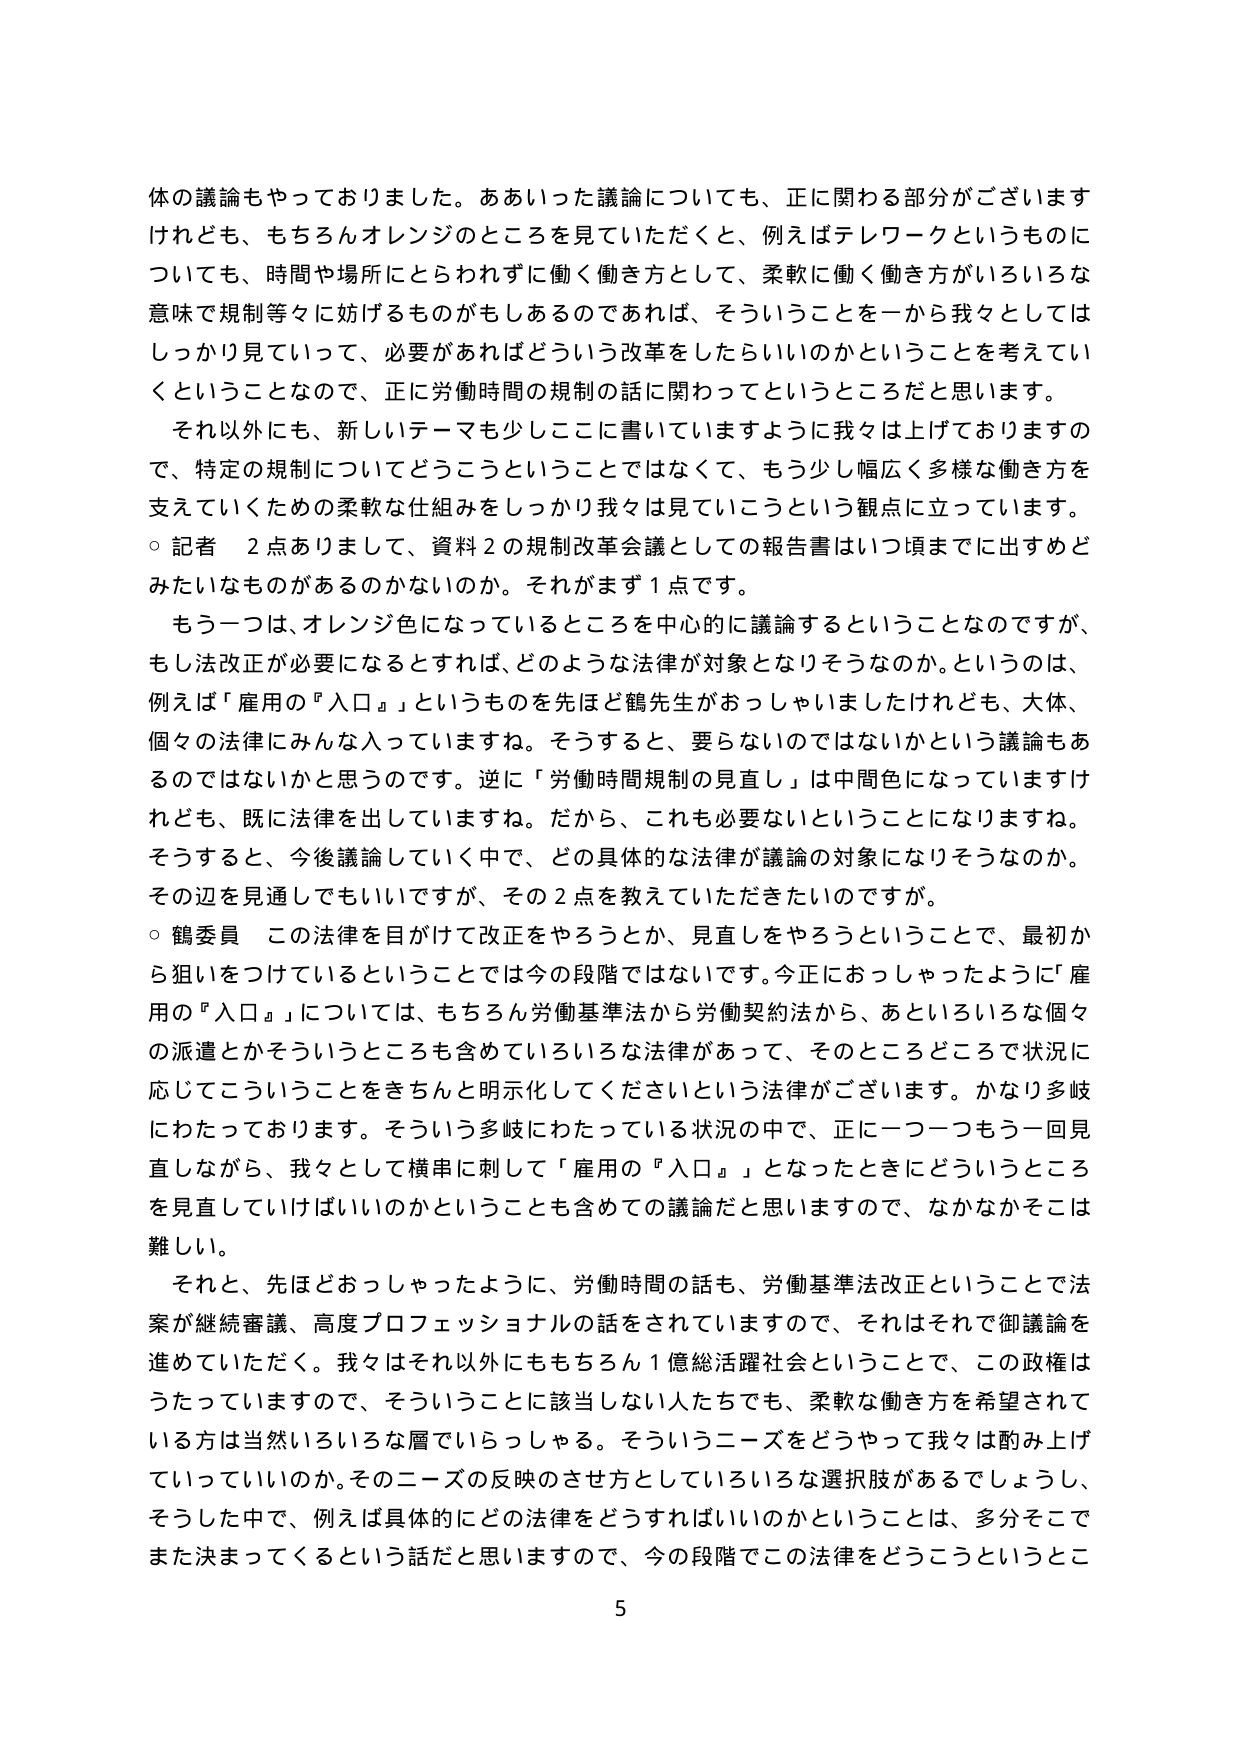
体の議論もやっておりました。ああいった議論についても、正に関わる部分がございますけれども、もちろんオレンジのところを見ていただくと、例えばテレワークというものについても、時間や場所にとらわれずに働く働き方として、柔軟に働く働き方がいろいろな意味で規制等々に妨げるものがあるのであれば、そういうことを一から我々としてはしっかり見ていって、必要があればどういう改革をしたらいいのかということを考えていきたいことなので、正に労働時間の規制の話に関わってというところだと思います。

それ以外にも、新しいテーマも少しここに書いていますように我々は上げておりますので、特定の規制についてどうこうということではなくて、もう少し幅広く多様な働き方を支えていくための柔軟な仕組みをしっかり我々は見ていこうという観点に立っています。

○ 記者　2点ありまして、資料2の規制改革会議としての報告書はいつ頃までに出すものみたいなものがあるのかないのか。それがまず1点です。

もう一つは、オレンジ色になっているところを中心に議論するということなのですが、もし法改正が必要になるとすれば、どのような法律が対象となりそうなのか。というのは、例えば「雇用の『入口』」というものを先ほど鶴先生がおっしゃいましたけれども、大体、個々の法律にみんな入っていますね。そうすると、要らないのではないかという議論もあるのではないかと思うのです。逆に「労働時間規制の見直し」は中間色になっていますけれども、既に法律を出していますね。だから、これも必要ないということになりますね。そうすると、今後議論していく中で、どの具体的な法律が議論の対象になりそうなのか。その辺を見通してもいいですが、その2点を教えていただきたいのですが。

○ 鶴委員　この法律を目がけて改正をやろうとか、見直しをやろうということで、最初から狙いをつけてているということでは今の段階ではないです。今正におっしゃったように「雇用の『入口』」については、もちろん労働基準法から労働契約法から、あといろいろな個々の派遣とかそういうところも含めていろいろな法律があって、そのところどころで状況に応じてこういうことをきちんと明示してくださいという法律がございます。かなり多岐にわたっております。そういう多岐にわたっている状況の中で、正に一つ一つもう一回見直しながら、我々として横串に刺して「雇用の『入口』」となったときにどういうところを見直していけばいいのかということも含めての議論だと思いますので、なかなかそこは難しい。

それと、先ほどおっしゃったように、労働時間の話も、労働基準法改正ということで法案が継続審議、高度プロフェッショナルの話がされていますので、それはそれで御議論を進めていただく。我々はそれ以外にももちろん1億総活躍社会ということで、この政権はうたっていますので、そういうことに該当しない人たちでも、柔軟な働き方を希望されている方は当然いろいろな層でいらっしゃる。そういうニーズをどうやって我々は酌み上げていっていいのか。そのニーズの反映のさせ方としていろいろな選択肢があるでしょうし、そうした中で、例えば具体的にどの法律をどうすればいいのかということは、多分そこでまた決まってくるという話だと思いますので、今の段階でこの法律をどうこうというとこ

5